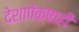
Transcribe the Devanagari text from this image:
देशापेक्षाही